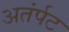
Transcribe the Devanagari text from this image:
अतंर्पट